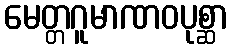
မေတ္တဂူမာဏဝပုစ္ဆာ